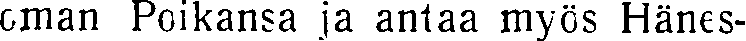
oman Poikansa ja antaa myös Hänes-